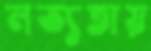
লভ্যতায়